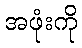
အဖုံးကို